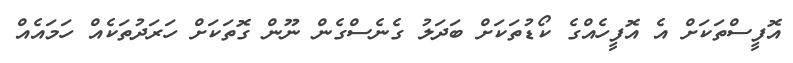
އޮފީސްތަކަށް އެ އޮފީހެއްގެ ކޯޑުތަކަށް ބަދަލު ގެނެސްގެން ނޫން ގޮތަކަށް ހަރަދުތަކެއް ހަމައެއް